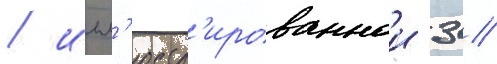
/ илл'юстр'ированнои 3 //